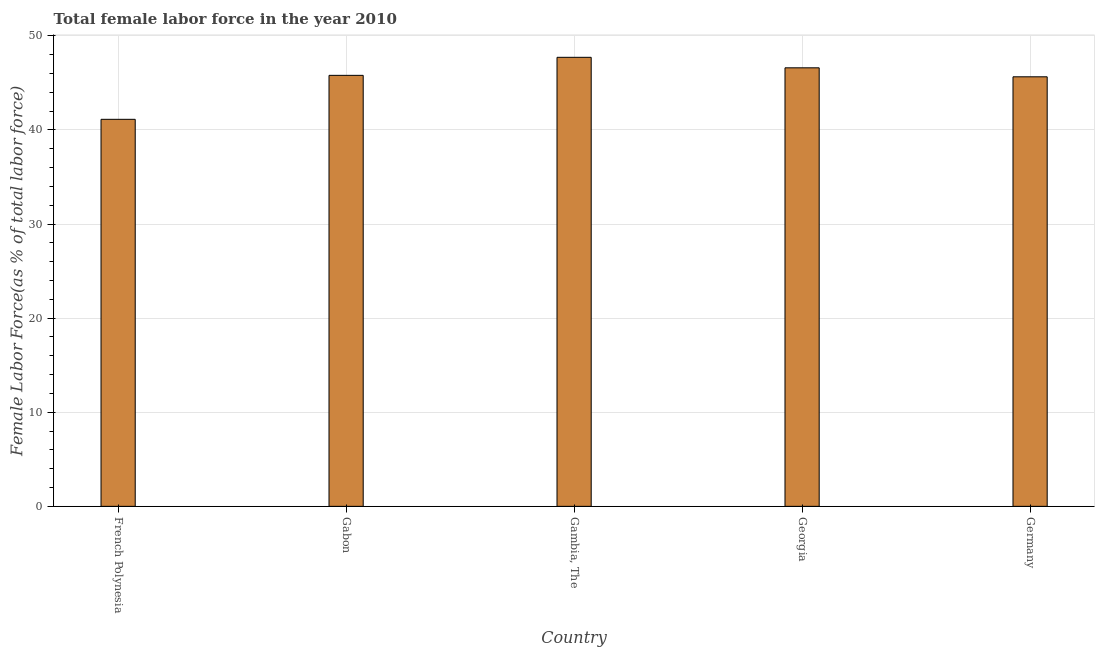
| Country | Female Labor force |
 | --- | --- |
 | French Polynesia | 41.1 |
 | Gabon | 45.8 |
 | Gambia, The | 47.7 |
 | Georgia | 46.6 |
 | Germany | 45.6 |